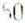
50